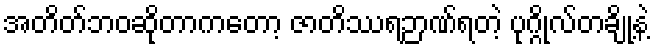
အတိတ်ဘဝဆိုတာကတော့ ဇာတိဿရဉာဏ်ရတဲ့ ပုဂ္ဂိုလ်တချို့နဲ့